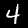
Digit: 4